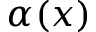
\alpha ( x )